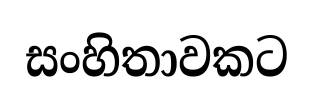
සංහිතාවකට